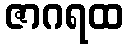
ဇာဂရထ